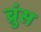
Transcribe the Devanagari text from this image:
ब्रुंस